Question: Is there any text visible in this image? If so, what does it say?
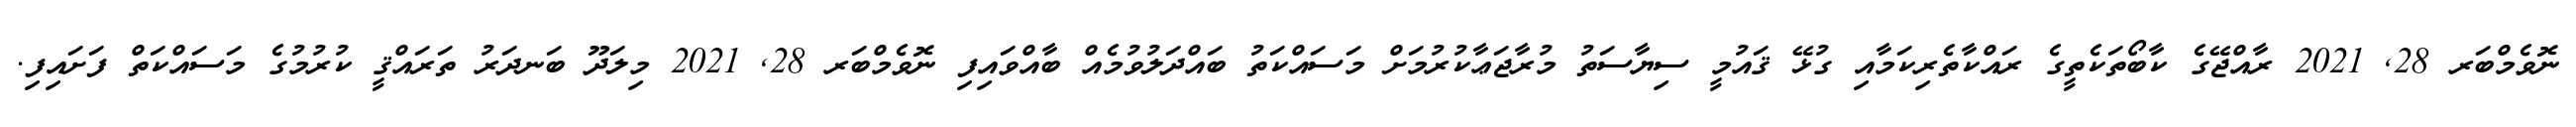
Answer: ނޮވެމްބަރ 28, 2021 ރާއްޖޭގެ ކާބޯތަކެތީގެ ރައްކާތެރިކަމާއި ގުޅޭ ޤައުމީ ސިޔާސަތު މުރާޖަޢާކުރުމަށް މަސައްކަތު ބައްދަލުވުމެއް ބާއްވައިފި ނޮވެމްބަރ 28, 2021 މިލަދޫ ބަނދަރު ތަރައްޤީ ކުރުމުގެ މަސައްކަތް ފަށައިފި.